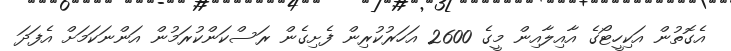
އެގޮތުން އަކިހީޓޯގެ އާއިލާއިން މީގެ 2600 އަހަރުކުރިން ފެށިގެން ރަސްކަންކުރަމުން އަންނަކަމަށް އެފަދަ